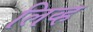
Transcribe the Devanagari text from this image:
लिव्ह